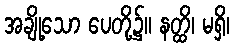
အချို့သော ပေတို့၌။ နတ္ထိ၊ မရှိ၊